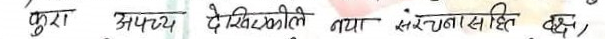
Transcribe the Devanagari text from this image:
कुरा अपव्यय देखिम्लो नयाँ संरचनासहित दछ,